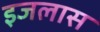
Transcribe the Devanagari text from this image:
इजलास